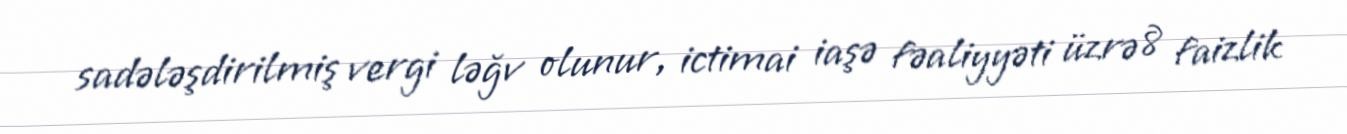
sadələşdirilmiş vergi ləğv olunur, ictimai iaşə fəaliyyəti üzrə 8 faizlik